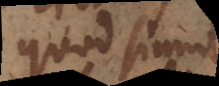
quod simul